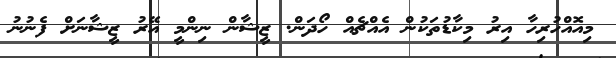
މިއޮއްހުރިހާ އިރު މިކާޑުތަކުން އެއްޗެއް ހޯދަން. ޒީޝާން ނިންމީ އޭރު ޒީޝާނަށް ފެނުނު